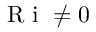
\mathrm { ~ R ~ i ~ } \neq 0